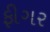
ફીગર